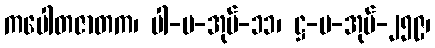
ကပေါတဇာတက၊ ပါ-ပ-အုပ်-၁၁၊ ဋ္ဌ-ပ-အုပ်-၂၅၉၊